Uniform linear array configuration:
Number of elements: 24
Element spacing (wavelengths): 0.5
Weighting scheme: kaiser
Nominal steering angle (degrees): -15
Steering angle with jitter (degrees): -14.111
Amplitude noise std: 0.05
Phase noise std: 0.05

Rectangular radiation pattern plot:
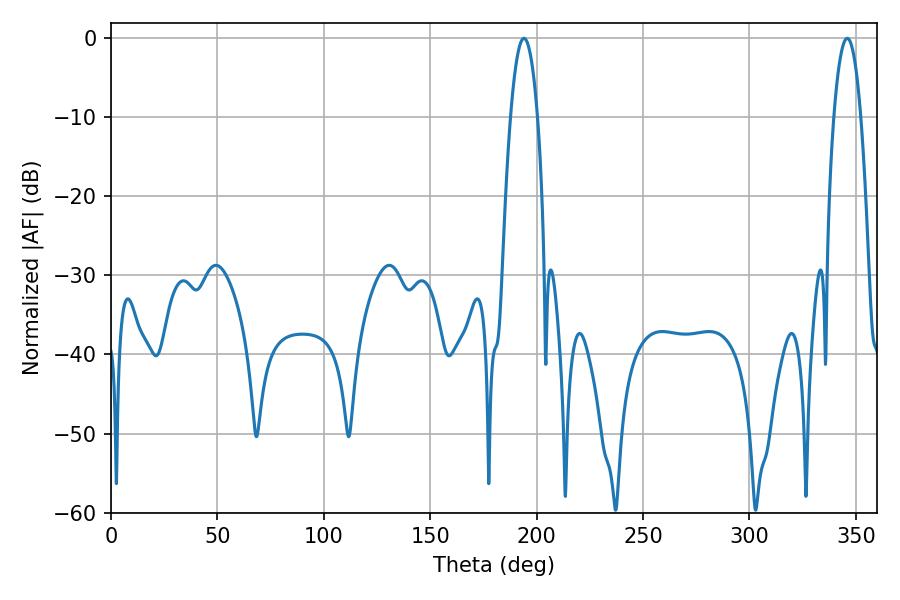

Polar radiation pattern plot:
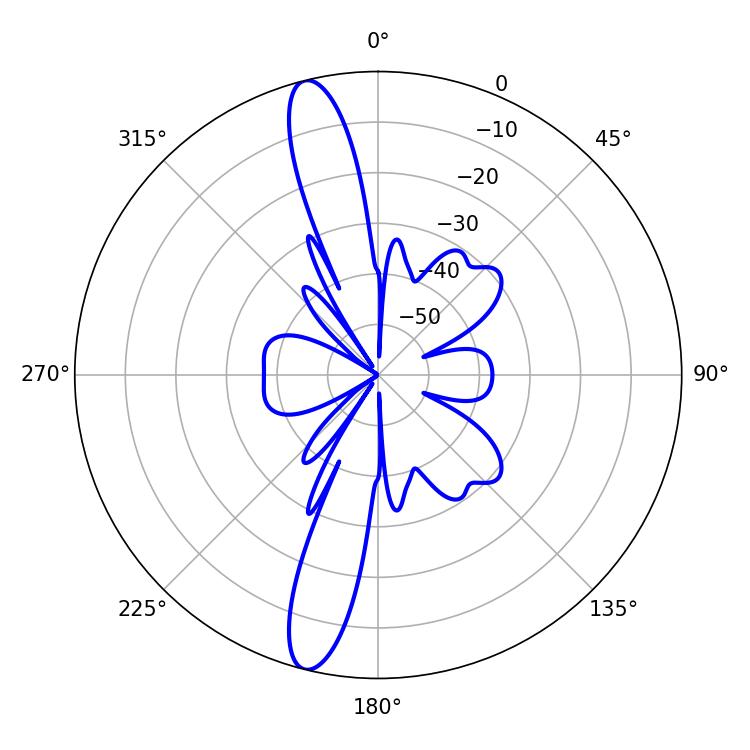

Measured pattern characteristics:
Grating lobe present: FALSE
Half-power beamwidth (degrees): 7.02
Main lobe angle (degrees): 194.04